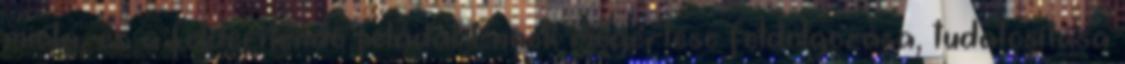
mióta, ez a felderítendõ feladat Ennek megértése feldolgozása, tudatosítása